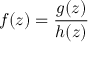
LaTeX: f ( z ) = { \frac { g ( z ) } { h ( z ) } }